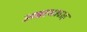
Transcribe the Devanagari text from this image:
अन्नामलाइ